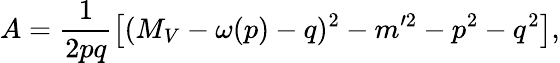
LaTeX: A=\frac{1}{2pq}\left[(M_{V}-\omega(p)-q)^{2}-m^{\prime 2}-p^{2}-q^{2}\right],